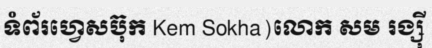
ទំព័រហ្វេសប៊ុក Kem Sokha)លោក សម រង្ស៊ី